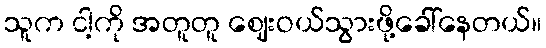
သူက ငါ့ကို အတူတူ ဈေးဝယ်သွားဖို့ခေါ်နေတယ်။